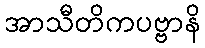
အာသီတိကပဗ္ဗာနိ